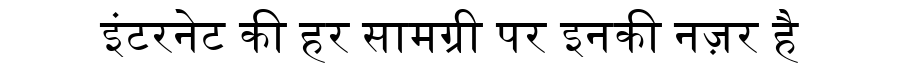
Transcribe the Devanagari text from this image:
इंटरनेट की हर सामग्री पर इनकी नज़र है